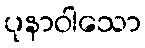
ပုနာဝါသော